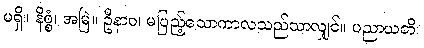
မရှိ။ နိစ္စံ၊ အမြဲ။ ဦနာဝ၊ မပြည့်သောကာလသည်သာလျှင်။ ပညာယတိ၊